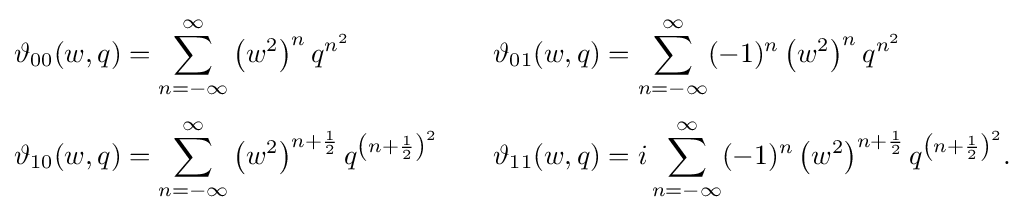
{\begin{aligned}\vartheta _{00}(w,q)&=\sum _{n=-\infty }^{\infty }\left(w^{2}\right)^{n}q^{n^{2}}\quad &\vartheta _{01}(w,q)&=\sum _{n=-\infty }^{\infty }(-1)^{n}\left(w^{2}\right)^{n}q^{n^{2}}\\[3pt]\vartheta _{10}(w,q)&=\sum _{n=-\infty }^{\infty }\left(w^{2}\right)^{n+{\frac {1}{2}}}q^{\left(n+{\frac {1}{2}}\right)^{2}}\quad &\vartheta _{11}(w,q)&=i\sum _{n=-\infty }^{\infty }(-1)^{n}\left(w^{2}\right)^{n+{\frac {1}{2}}}q^{\left(n+{\frac {1}{2}}\right)^{2}}.\end{aligned}}